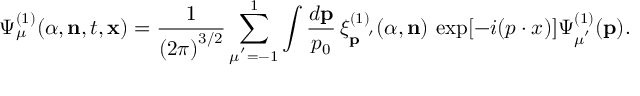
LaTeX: { \Psi } _ { \mu } ^ { ( 1 ) } ( { \alpha } , { \bf n } , t , { \bf x } ) = { \frac { 1 } { { ( 2 \pi ) } ^ { 3 / 2 } } } \sum _ { \mu ^ { ' } = - 1 } ^ { 1 } \int \frac { d { \bf p } } { p _ { 0 } } \, { \xi } _ { \bf p \mu \mu ^ { ' } } ^ { ( 1 ) } ( { \alpha } , { \bf n } ) \, \exp [ - i ( p \cdot { x } ) ] { \Psi } _ { \mu ^ { ' } } ^ { ( 1 ) } ( { \bf p } ) .